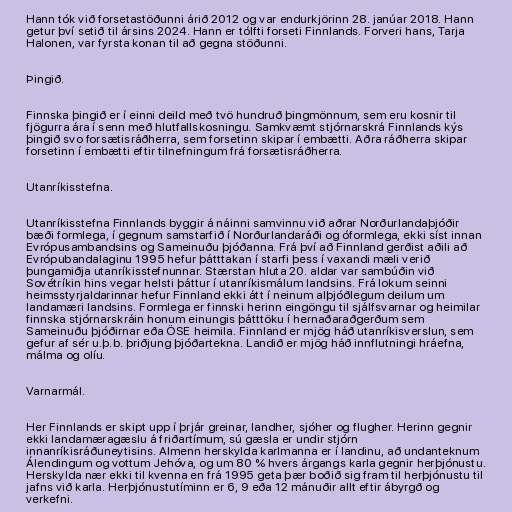
Hann tók við forsetastöðunni árið 2012 og var endurkjörinn 28. janúar 2018. Hann
getur því setið til ársins 2024. Hann er tólfti forseti Finnlands. Forveri hans, Tarja
Halonen, var fyrsta konan til að gegna stöðunni.

Þingið.

Finnska þingið er í einni deild með tvö hundruð þingmönnum, sem eru kosnir til
fjögurra ára í senn með hlutfallskosningu. Samkvæmt stjórnarskrá Finnlands kýs
þingið svo forsætisráðherra, sem forsetinn skipar í embætti. Aðra ráðherra skipar
forsetinn í embætti eftir tilnefningum frá forsætisráðherra.

Utanríkisstefna.

Utanríkisstefna Finnlands byggir á náinni samvinnu við aðrar Norðurlandaþjóðir
bæði formlega, í gegnum samstarfið í Norðurlandaráði og óformlega, ekki síst innan
Evrópusambandsins og Sameinuðu þjóðanna. Frá því að Finnland gerðist aðili að
Evrópubandalaginu 1995 hefur þátttakan í starfi þess í vaxandi mæli verið
þungamiðja utanríkisstefnunnar. Stærstan hluta 20. aldar var sambúðin við
Sovétríkin hins vegar helsti þáttur í utanríkismálum landsins. Frá lokum seinni
heimsstyrjaldarinnar hefur Finnland ekki átt í neinum alþjóðlegum deilum um
landamæri landsins. Formlega er finnski herinn eingöngu til sjálfsvarnar og heimilar
finnska stjórnarskráin honum einungis þátttöku í hernaðaraðgerðum sem
Sameinuðu þjóðirnar eða ÖSE heimila. Finnland er mjög háð utanríkisverslun, sem
gefur af sér u.þ.b. þriðjung þjóðartekna. Landið er mjög háð innflutningi hráefna,
málma og olíu.

Varnarmál.

Her Finnlands er skipt upp í þrjár greinar, landher, sjóher og flugher. Herinn gegnir
ekki landamæragæslu á friðartímum, sú gæsla er undir stjórn
innanríkisráðuneytisins. Almenn herskylda karlmanna er í landinu, að undanteknum
Álendingum og vottum Jehóva, og um 80 % hvers árgangs karla gegnir herþjónustu.
Herskylda nær ekki til kvenna en frá 1995 geta þær boðið sig fram til herþjónustu til
jafns við karla. Herþjónustutíminn er 6, 9 eða 12 mánuðir allt eftir ábyrgð og
verkefni.